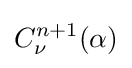
C_{\nu }^{n+1}(\alpha )